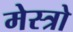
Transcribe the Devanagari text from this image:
मेस्त्रो